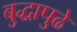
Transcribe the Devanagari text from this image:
बुद्धापुढे